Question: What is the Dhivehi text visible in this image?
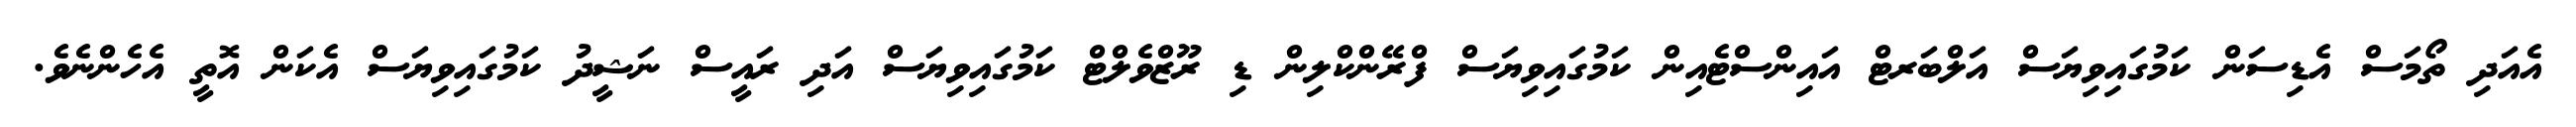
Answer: އެއަދި ތޯމަސް އެޑިސަން ކަމުގައިވިޔަސް އަލްބަރޓް އައިންސްޓެއިން ކަމުގައިވިޔަސް ފްރޭންކްލިން ޑި ރޫޒްވެލްޓް ކަމުގައިވިޔަސް އަދި ރައީސް ނަޝީދު ކަމުގައިވިޔަސް އެކަން އޮތީ އެހެންނެވެ.